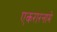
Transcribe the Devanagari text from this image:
एकरारनामे